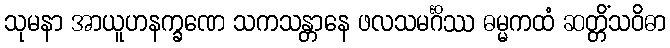
သုမနာ အာယူဟနက္ခဏေ သကသန္တာနေ ဖလသမင်္ဂိဿ ဓမ္မကထံ ဆတ္တိံသဝိဓာ